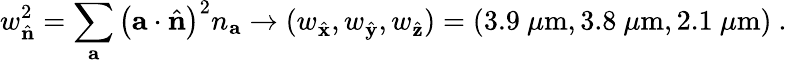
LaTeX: w_{\hat{\mathbf{n}}}^{2}=\sum_{\mathbf{a}}\left(\mathbf{a}\cdot\hat{\mathbf{n}}\right)^{2}n_{\mathbf{a}}\rightarrow(w_{\hat{\mathbf{x}}},w_{\hat{\mathbf{y}}},w_{\hat{\mathbf{z}}})=(3.9~\mu\mathrm{m},3.8~\mu\mathrm{m},2.1~\mu\mathrm{m})~.